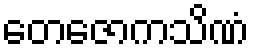
တေဇောကသိဏံ